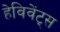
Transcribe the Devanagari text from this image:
हेविवेंट्स